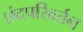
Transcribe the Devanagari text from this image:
छंदपरिवर्तन